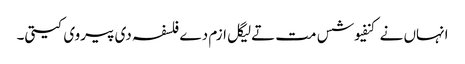
انہاں نے کنفیوشس مت تےلیگل ازم دے فلسفہ دی پیروی کیتی۔